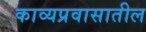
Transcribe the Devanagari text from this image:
काव्यप्रवासातील